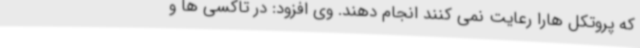
که پروتکل هارا رعایت نمی کنند انجام دهند. وی افزود: در تاکسی ها و